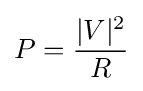
P={\frac {|V|^{2}}{R}}